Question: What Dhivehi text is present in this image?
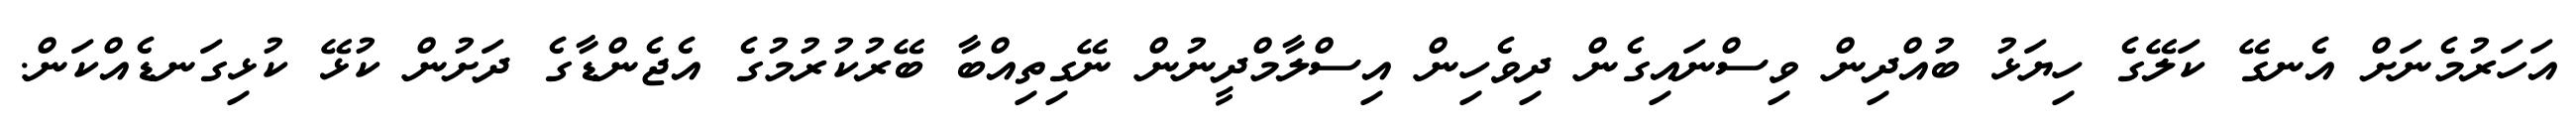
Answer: އަހަރުމެނަށް އެނގޭ ކަލޭގެ ހިޔަޅު ބުއްދިން ވިސްނައިގެން ދިވެހިން އިސްލާމްދީނުން ނޭގިތިއްބާ ބޭރުކުރުމުގެ އެޖެންޑާގެ ދަށުން ކުޅޭ ކުޅިގަނޑެއްކަން.